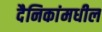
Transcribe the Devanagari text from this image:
दैनिकांमधील